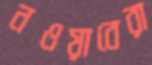
নওয়াবেরা